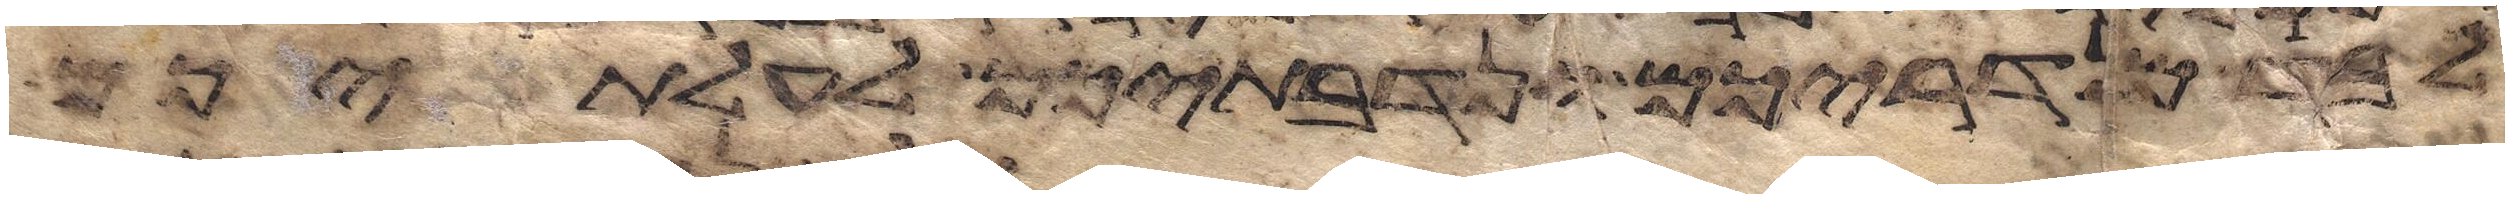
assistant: לבד מנדריכם ונדבתיכם לעלתיכם